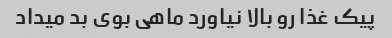
پیک غذا رو بالا نیاورد ماهی بوی بد میداد